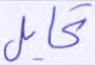
تحايل